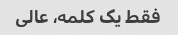
فقط یک کلمه، عالی